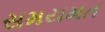
સમયમત